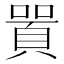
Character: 𠽸